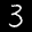
Label: 3